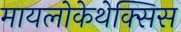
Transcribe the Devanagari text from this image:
मायलोकेथेक्सिस